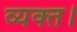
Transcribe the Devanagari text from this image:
व्यक्त।